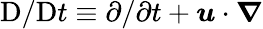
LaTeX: \mathrm{D}/\mathrm{D}t\equiv\partial/\partial t+\boldsymbol{u}\cdot\boldsymbol{\nabla}